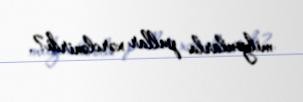
milyonlarla pullar xərclənirdi?.